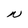
Character: N